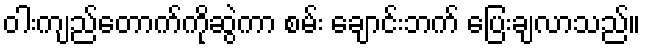
ဝါးကျည်တောက်ကိုဆွဲကာ စမ်း ချောင်းဘက် ပြေးချလာသည်။